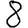
Digit: 8